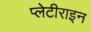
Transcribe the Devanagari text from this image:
प्लेटीराइन